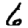
Digit: 6